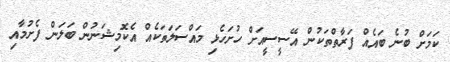
ކަމަށް ބުނެ ބައެއް ފަރާތްތަކުން އޭސީސީއަށް ހުށަހެޅި މައްސަލަތަކެއް އެކޮމިޝަނުން ބަލަން ފެށުމާއި